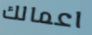
اعمالك